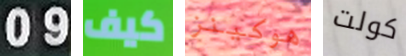
09 كيف هوكينز كولت